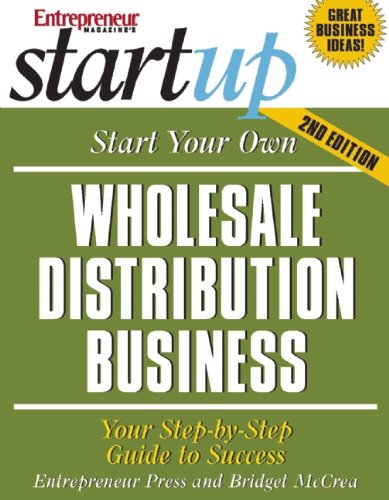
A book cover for Start Your Own Wholesale Distribution Business (StartUp Series); Entrepreneur Press; Business & Money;